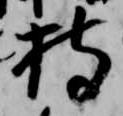
持